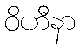
ဝိဟီနာ